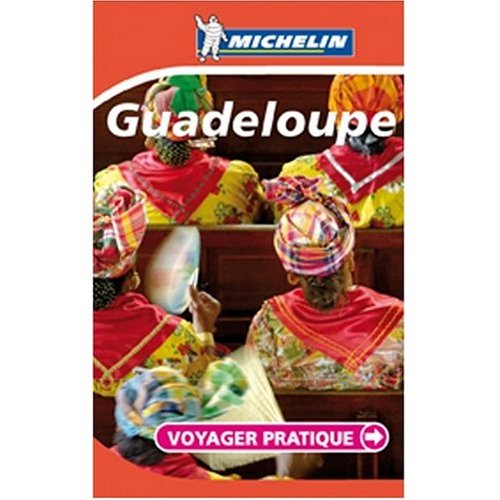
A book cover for Michelin Guide Guadeloupe (French Edition); Travel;